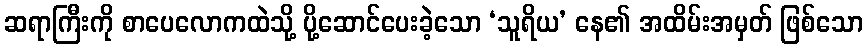
ဆရာကြီးကို စာပေလောကထဲသို့ ပို့ဆောင်ပေးခဲ့သော ‘သူရိယ’ နေ၏ အထိမ်းအမှတ် ဖြစ်သော